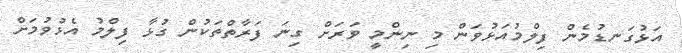
އަޅުގަނޑުމެން ފިލްމުއަޅުވަން މި ނިންމީ ވަރަށް ގިނަ ފަރާތްތަކުން ގުޅާ ފިލްމު އެޅުވުމަށް